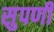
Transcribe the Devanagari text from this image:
सुपर्णी